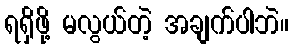
ရရှိဖို့ မလွယ်တဲ့ အချက်ပါဘဲ။